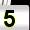
Digit: 5